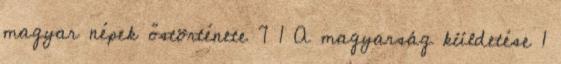
magyar népek őstörténete 7 1 A magyarság küldetése 1